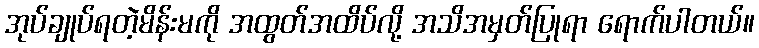
အုပ်ချုပ်ရတဲ့မိန်းမကို အထွတ်အထိပ်လို့ အသိအမှတ်ပြုရာ ရောက်ပါတယ်။